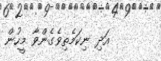
އަދި ނިކަމެތިވެގެންވާ މީހުން